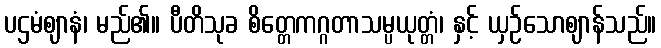
ပဌမံဈာနံ၊ မည်၏။ ပီတိသုခ စိတ္တေကဂ္ဂတာသမ္ပယုတ္တံ၊ နှင့် ယှဉ်သောဈာန်သည်။